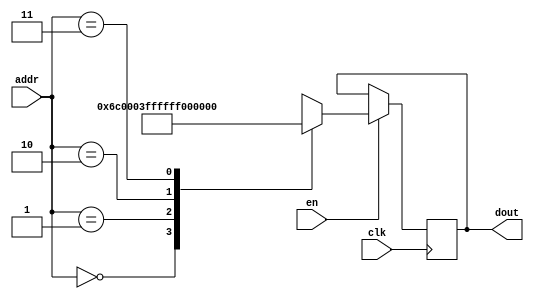
`timescale 1ns / 1ps
/*
Copyright
All right reserved.
Module Name: rom_syn
Author  : Zichuan Liu, Yixing Li and Wenye Liu.
Description:
A synthesized ROM: ROM_DEP x ROM_WID
*/
module AD_REF_ROM_30(
// inputs
clk,
en,
addr,
// outputs
dout
);
localparam ROM_WID = 22;
localparam ROM_DEP = 4;
localparam ROM_ADDR = 2;
// input definition
input clk;
input en;
input [ROM_ADDR-1:0] addr;
// output definition
output [ROM_WID-1:0] dout;
reg [ROM_WID-1:0] data;
always @(posedge clk)
begin
if (en) begin
case(addr)
		2'd0: data <= 22'b0000000000000000011011;
		2'd1: data <= 22'b0000000000000000111111;
		2'd2: data <= 22'b1111111111111111111011;
		2'd3: data <= 22'b1111111111111111000010;
		endcase
		end
	end
	assign dout = data;
endmodule